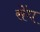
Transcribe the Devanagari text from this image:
सेंघ